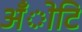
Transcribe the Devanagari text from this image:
अँोटि